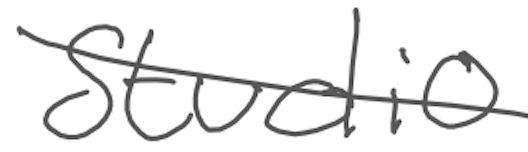
Text: studio
Cross-out: diagonal
Writing tool: digital_gray